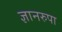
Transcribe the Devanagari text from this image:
ज्ञानरुपा